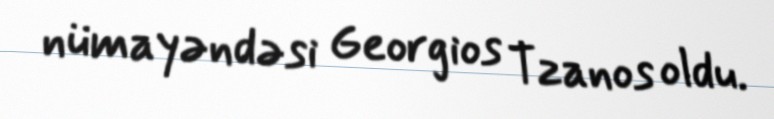
nümayəndəsi Georgios Tzanos oldu.